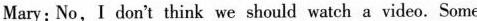
Mary: No,I don't think we should watch a video. Some